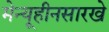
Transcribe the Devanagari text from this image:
मेन्यूहीनसारखे